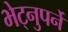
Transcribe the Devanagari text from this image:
भेट्नुपर्ने